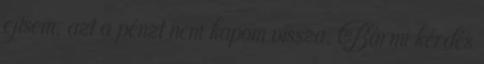
ejtsem, azt a pénzt nem kapom vissza. Bármi kérdés